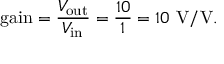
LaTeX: { \mathrm { g a i n } } = { \frac { V _ { \mathrm { o u t } } } { V _ { \mathrm { i n } } } } = { \frac { 1 0 } { 1 } } = 1 0 ~ { \mathrm { V / V } } .